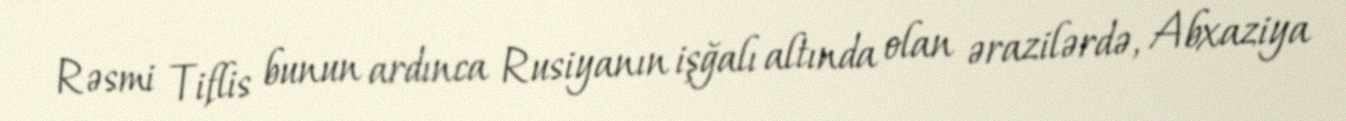
Rəsmi Tiflis bunun ardınca Rusiyanın işğalı altında olan ərazilərdə, Abxaziya